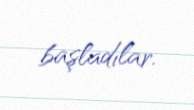
başladılar.